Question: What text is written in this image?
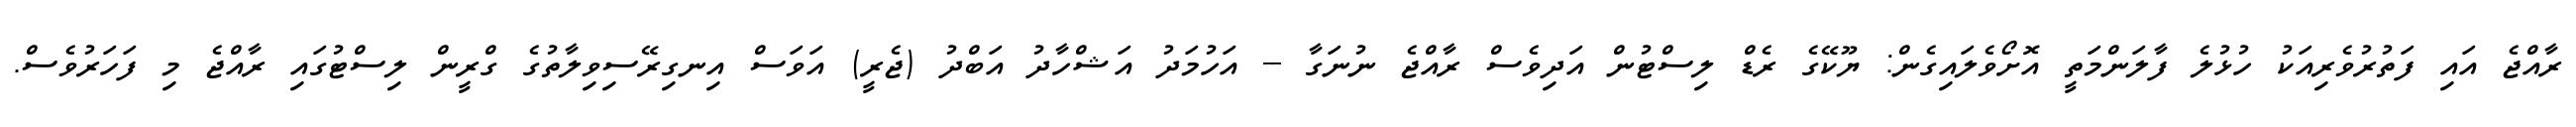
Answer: ރާއްޖެ އައި ފަތުރުވެރިއަކު ހުޅުލެ ފާލަންމަތީ އޮށޯވެލައިގެން: ޔޫކޭގެ ރެޑް ލިސްޓުން އަދިވެސް ރާއްޖެ ނުނަގާ -- އަހުމަދު އަޝްހާދު އަބްދު (ޖެރީ) އަވަސް އިނގިރޭސިވިލާތުގެ ގްރީން ލިސްޓުގައި ރާއްޖެ މި ފަހަރުވެސް.